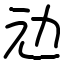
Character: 𠠺